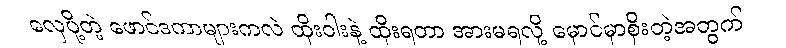
လှေပို့တဲ့ ဖောင်ဒကာများကလဲ ထိုးဝါးနဲ့ ထိုးရတာ အားမရလို့ မှောင်မှာစိုးတဲ့အတွက်